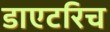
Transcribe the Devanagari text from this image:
डाएटरिच